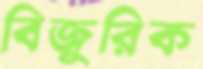
বিজুরিক